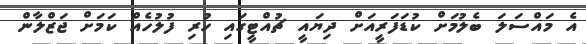
އެ މައްސަލަ ބެލުމަށް ކުޑަފަރީއަށް ދިޔައީ ޗުއްޓީގައި ހުރި ފުލުހެއް ކަމަށް ޖަޒްލާން